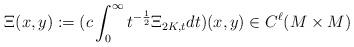
LaTeX: \begin{align*}\Xi(x,y):=(c\int^\infty_0t^{-\frac{1}{2}}\Xi_{2K,t}dt)(x,y)\in C^\ell(M\times M)\end{align*}